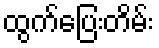
ထွက်ပြေးတိမ်း